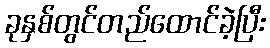
ခုနှစ်တွင်တည်ထောင်ခဲ့ပြီး